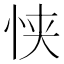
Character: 𫺂